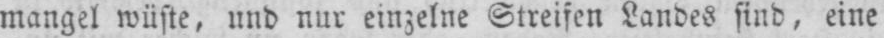
Mangel wüste, und nur einzelne Streifen Landes sind, eine